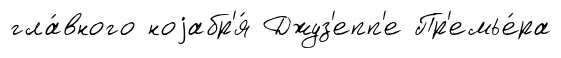
гла́вного ноjабр'я́ Джуз'епп'е Пр'емье́ра